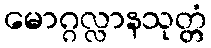
မောဂ္ဂလ္လာနသုတ္တံ